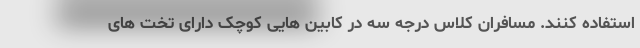
استفاده کنند. مسافران کلاس درجه سه در کابین هایی کوچک دارای تخت های